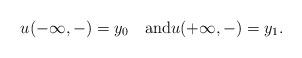
LaTeX: \begin{gather*} u(-\infty,-)=y_0\quad\hbox{and}u(+\infty,-)=y_1.\end{gather*}